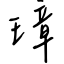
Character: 璋